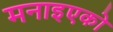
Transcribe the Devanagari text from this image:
मनाइएको